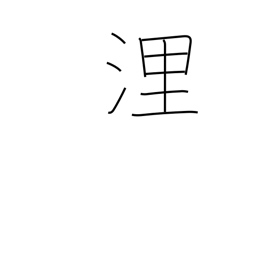
Meaning: nautical mile